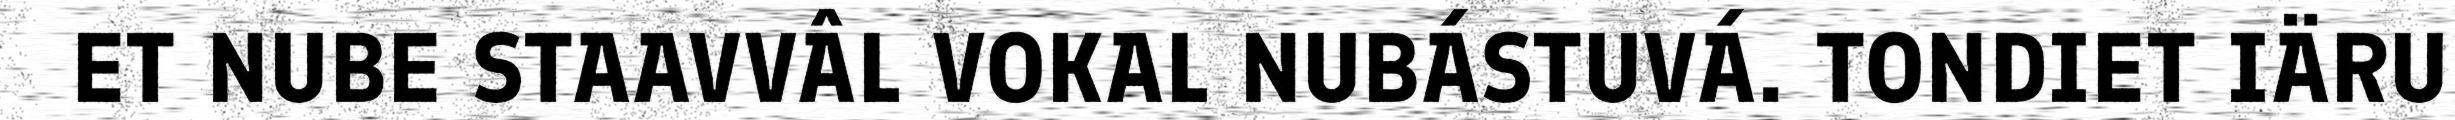
ET NUBE STAAVVÂL VOKAL NUBÁSTUVÁ. TONDIET IÄRU